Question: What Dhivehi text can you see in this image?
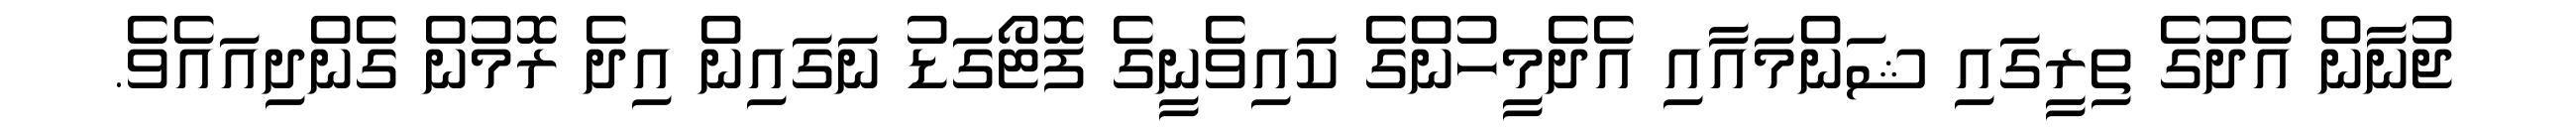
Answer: ޖުނާން އެދުގެ ތިރީގައި ޝަންމައާއި އެދެމީހުންގެ ކައިވެނީގެ ފޮޓޯގަޑު ނަގައިން އިދެ ރޮމުން ގެންދިއައެވެ.